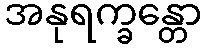
အနုရက္ခန္တော